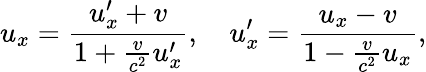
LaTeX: u_{x}={\frac{u_{x}^{\prime}+v}{1+{\frac{v}{c^{2}}}u_{x}^{\prime}}},\quad u_{x}^{\prime}={\frac{u_{x}-v}{1-{\frac{v}{c^{2}}}u_{x}}},